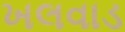
ખલવાડ